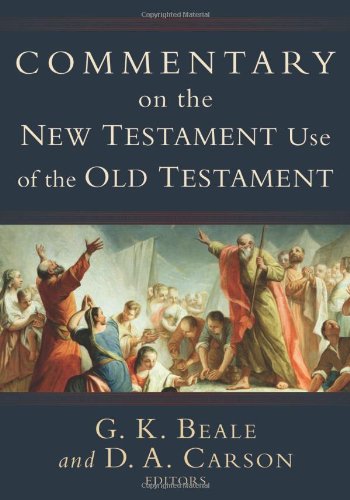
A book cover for Commentary on the New Testament Use of the Old Testament; Christian Books & Bibles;